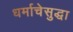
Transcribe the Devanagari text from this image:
धर्माचेसुद्धा